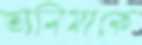
তানিমাকে